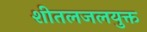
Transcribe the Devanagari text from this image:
शीतलजलयुक्त